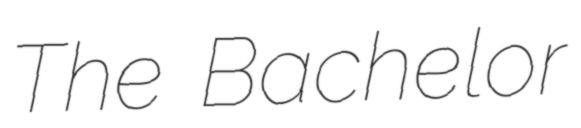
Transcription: The Bachelor